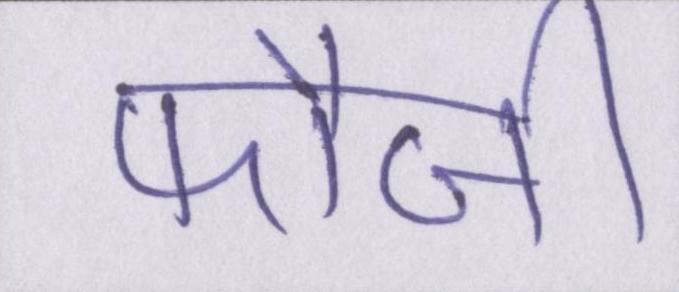
फौजी